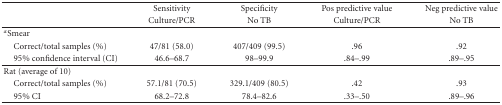
<table><thead><tr><td></td><td><b>Sensitivity</b></td><td><b>Specificity</b></td><td><b>Pos predictive value</b></td><td><b>Neg predictive value</b></td></tr><tr><td></td><td><b>Culture/PCR</b></td><td><b>No TB</b></td><td><b>Culture/PCR</b></td><td><b>No TB</b></td></tr></thead><tbody><tr><td><sup><i>α</i></sup>Smear</td><td></td><td></td><td></td><td></td></tr><tr><td> Correct/total samples (%)</td><td>47/81 (58.0)</td><td>407/409 (99.5)</td><td>.96</td><td>.92</td></tr><tr><td> 95% confidence interval (CI)</td><td>46.6–68.7</td><td>98–99.9</td><td>.84–.99</td><td>.89–.95</td></tr><tr><td>Rat (average of 10)</td><td></td><td></td><td></td><td></td></tr><tr><td> Correct/total samples (%)</td><td>57.1/81 (70.5)</td><td>329.1/409 (80.5)</td><td>.42</td><td>.93</td></tr><tr><td> 95% CI</td><td>68.2–72.8</td><td>78.4–82.6</td><td>.33–.50</td><td>.89–.96</td></tr></tbody></table>